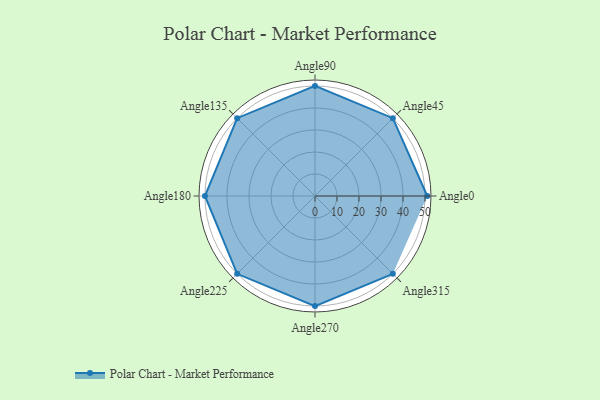
{"axis": {"x": "Angle", "y": "Radius"}, "legend": [""], "data": [{"x": "Angle0", "y": 51.0, "type": ""}, {"x": "Angle45", "y": 50, "type": ""}, {"x": "Angle90", "y": 50, "type": ""}, {"x": "Angle135", "y": 50, "type": ""}, {"x": "Angle180", "y": 50, "type": ""}, {"x": "Angle225", "y": 50, "type": ""}, {"x": "Angle270", "y": 50, "type": ""}, {"x": "Angle315", "y": 50, "type": ""}]}